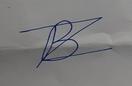
Signature authenticity: forged